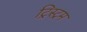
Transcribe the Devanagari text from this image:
ट्रिस्ट्रम